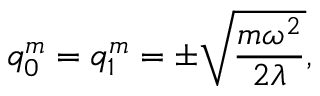
q _ { 0 } ^ { m } = q _ { 1 } ^ { m } = \pm \sqrt { \frac { m \omega ^ { 2 } } { 2 \lambda } } ,